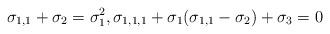
LaTeX: \begin{align*}\sigma_{1,1}+\sigma_{2} = \sigma_{1}^{2}, \sigma_{1,1,1} + \sigma_{1}(\sigma_{1,1}-\sigma_{2}) + \sigma_{3} = 0\end{align*}